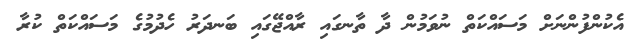
އެކުންފުންނަށް މަސައްކަތް ނުވަމުން ދާ ތާނގައި ރާއްޖޭގައި ބަނދަރު ހެދުމުގެ މަސައްކަތް ކުރާ